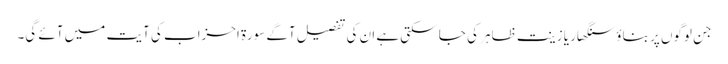
جن لوگوں پر بناؤ سنگھار یا زینت ظاہر کی جا سکتی ہے ان کی تفصیل آگے سورۃ احزاب کی آیت میں آئے گی۔